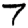
Digit: 7